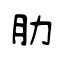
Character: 肋